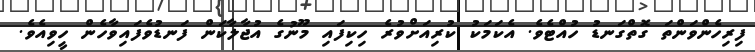
ފިރިހެންވަންތަ ގޮތްގަނޑު ހުއްޓެވެ. އެކަމަކު ކުރިއަށްވުރެ ހިކިފައި މޫނުގެ އުޖާލާކަން ފަނޑުވެފައިވާހެން ހީވިއެވެ.